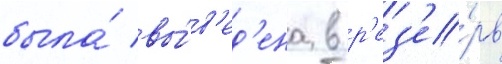
была́ вы́в'ед'ена в р'ез'е́рв